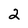
Character: 2